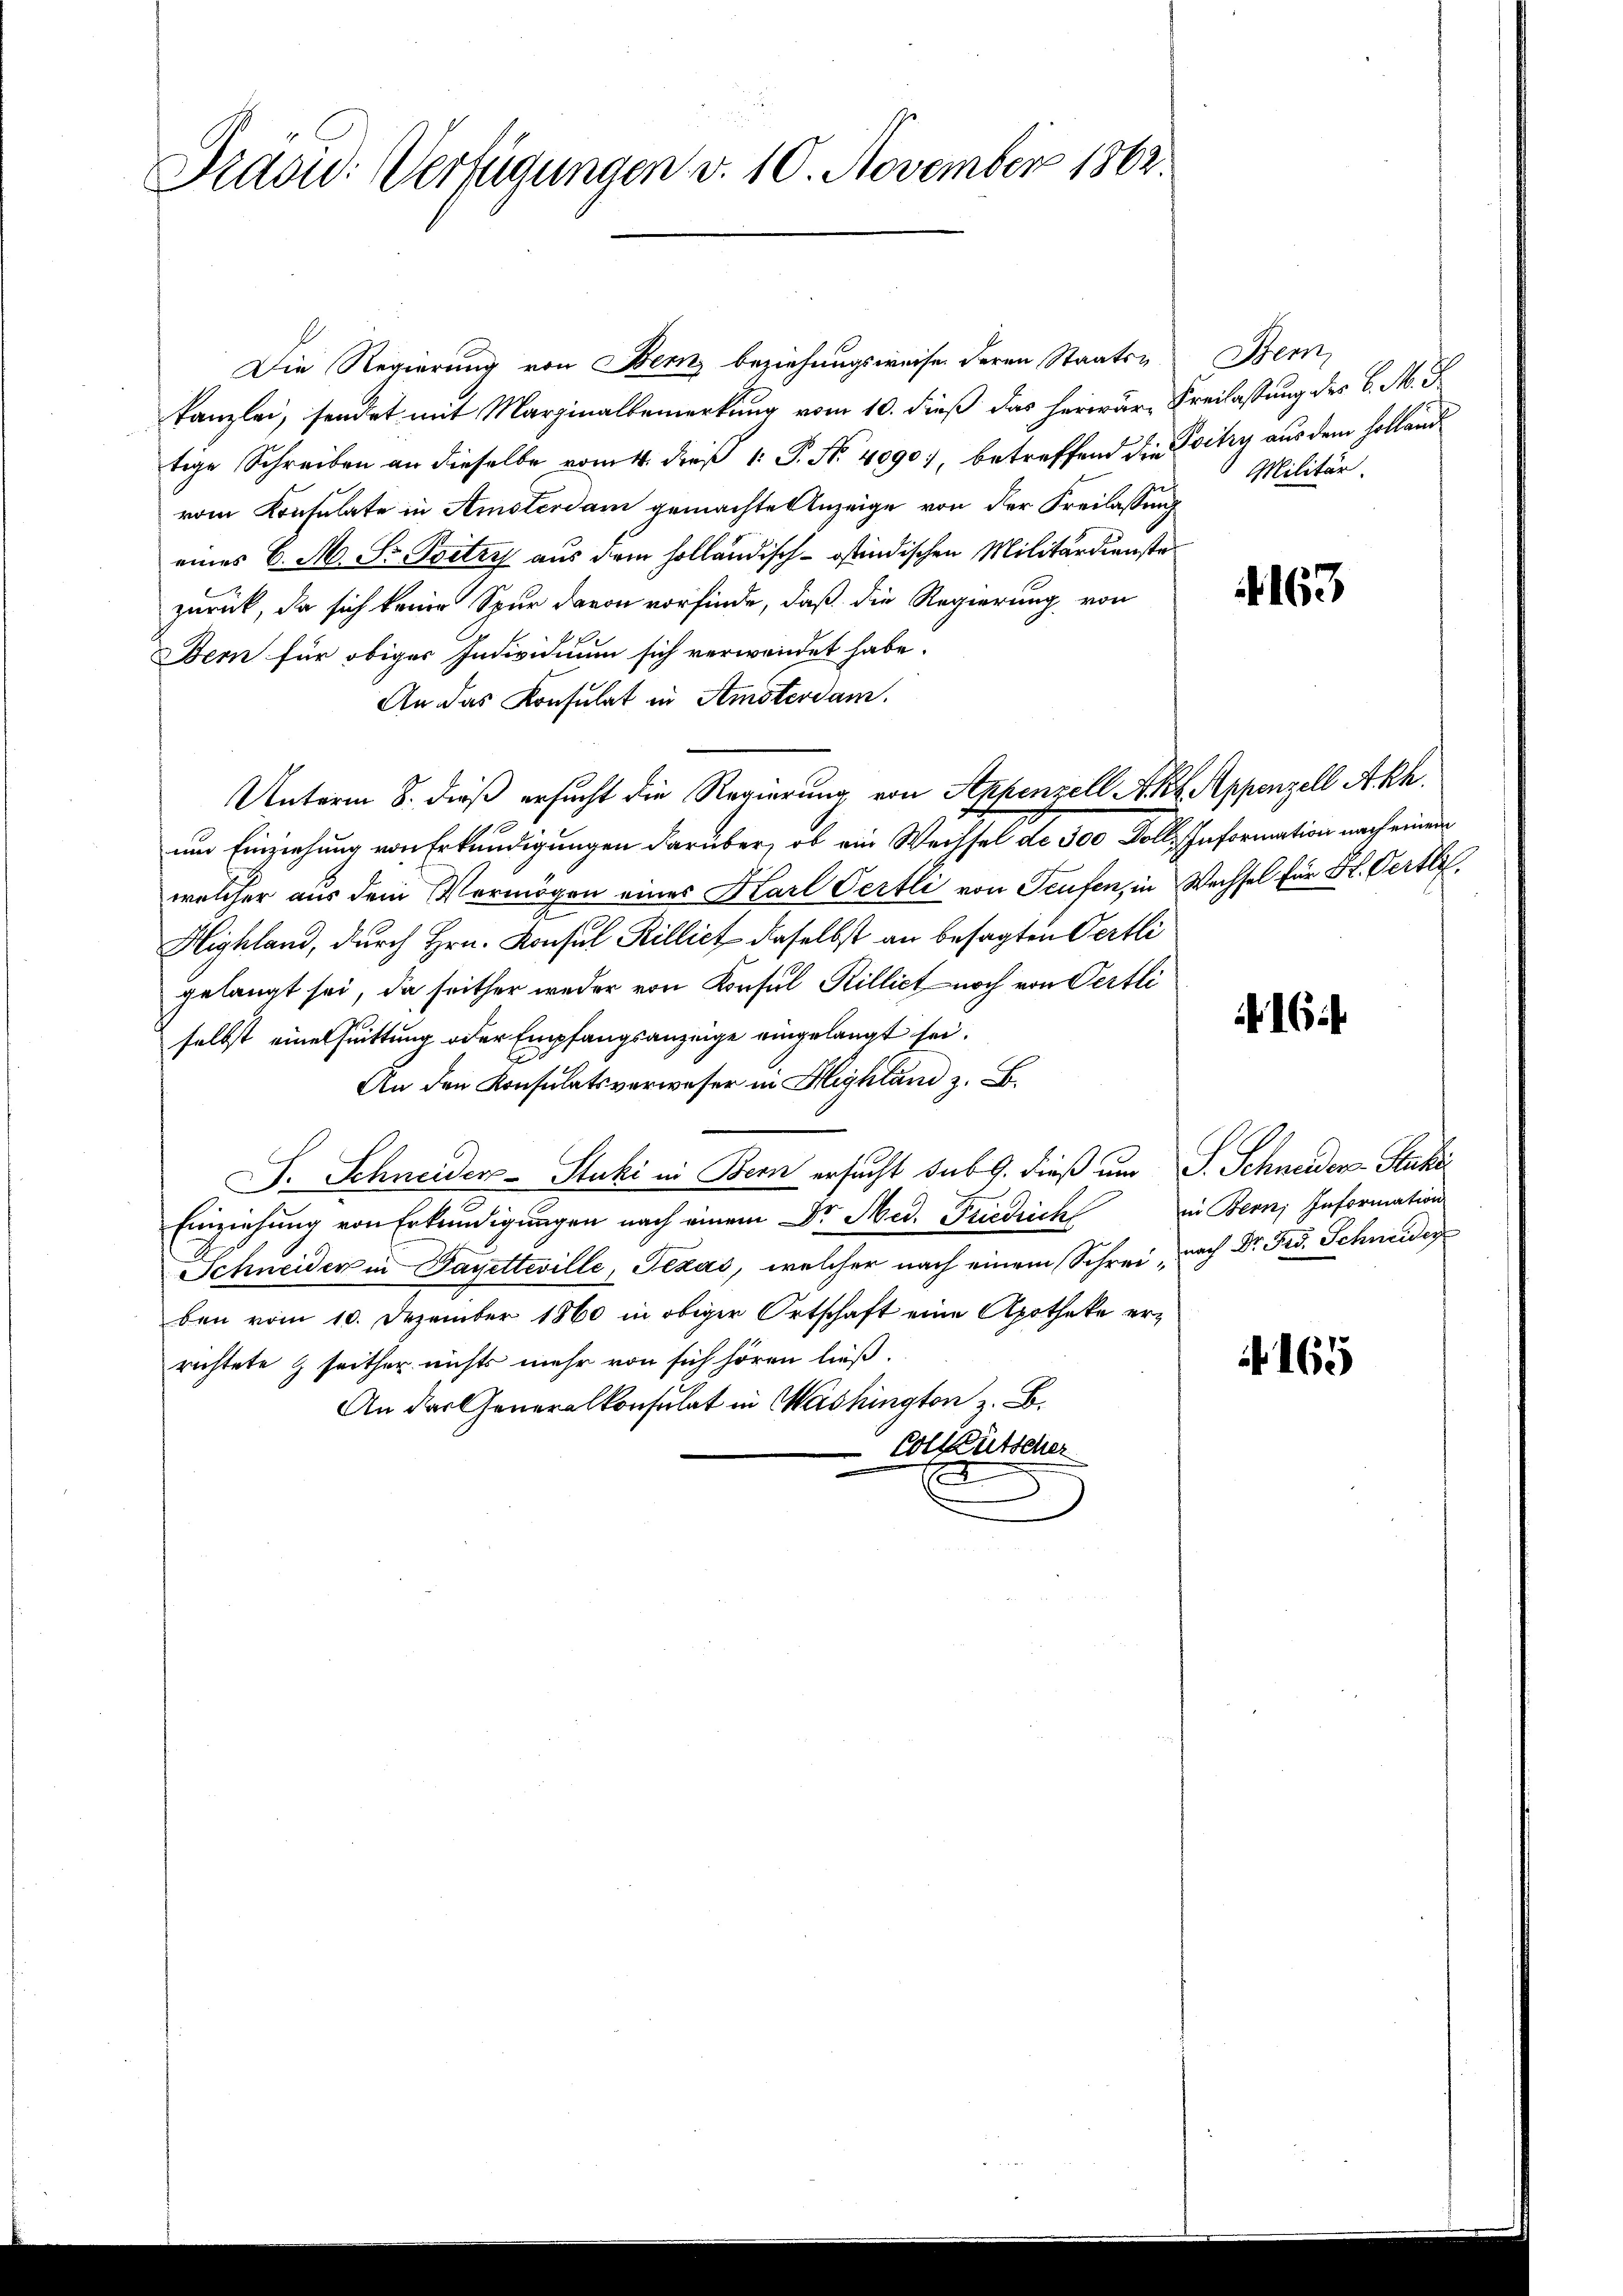
Praoid: Verfügungen v. 10. November 1862.

Die Regierung von Bern beziehungsweise deren Staats- Bern,
kanzlei, sendet mit Marzinalbemerkung vom 10. dieß das herwär, Freilassung des C. M. D.
tige Schreiben an dieselbe vom 14. dieß 1: P. Nr. 4090), betreffend die Loitzy aus dem Holland
vom Konsulate in Amsterdam gemachte Anzeige von der Freilassung
eines C. M. S. Petrys aus dem holländisch-oindischen Militärdienste
zurück, da sich keine Spur davon vorfinde, daß die Regierung von
Bern für obiger Individuum sich verwendet habe.
An das Konsulat in Amsterdam.
Unterm 8. dieß ersucht die Regierung von Ankenzell Akt. Appenzell Akh.
um Einziehung von Erkundigungen darüber, ob ein Wechsel de der Kolle Information nach einem
welcher aus dem Vermögen eines Karl Oertli von Teufen, in Wechsel für Hr. Oertli
Highland, durch Hrn. Konsul Rillich daselbst an besagten Oertli
gelangt sei, da seither weder von Konsul Rillict noch von Oertli
selbst eines suittung oder Empfangsanzeige eingelangt sei.
An den Konsulatsverweser in Highland z. B.
J. Schneider-Stuki in Bern ersucht sub 9. dieß um S. Schneider-Stuki
Einziehung von Erkundigungen nach einem Dr. Med. Friedrich
Schneider in Payetteville, Texas, welcher nach einem Schrei, nach Dr. Frd. Schneidig
ben vom 10. Dezember 1860 in obiger Ortschaft eine Apotheke errichtete & seither nichts mehr von sich hören ließ.
An das Generalkonsulat in Washington z. B.
Colleutscher

Militär.

163

6

in Bern, Information

N 165